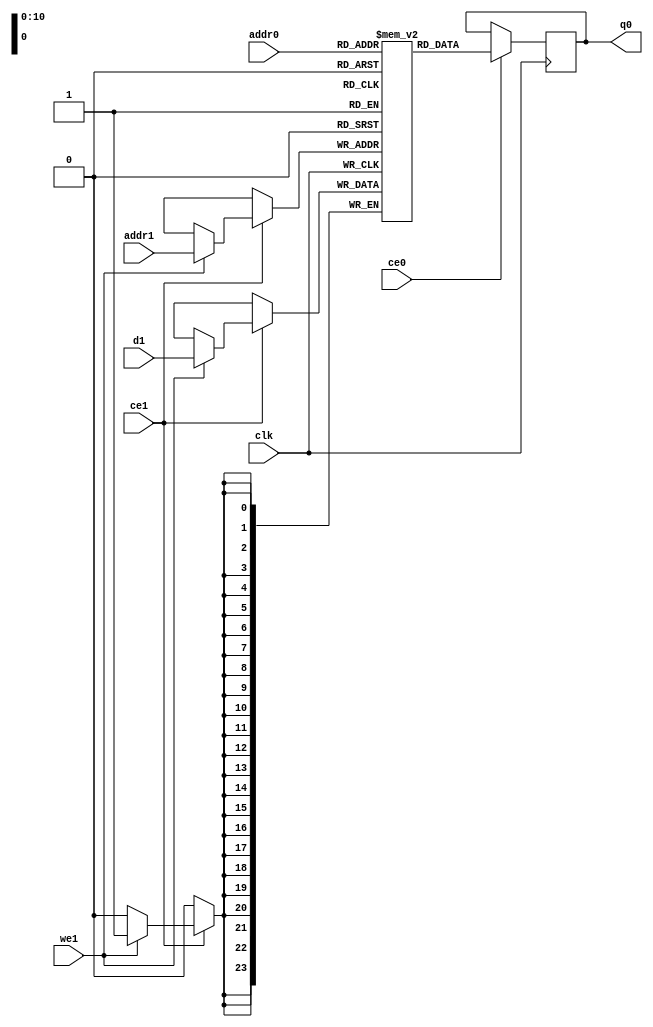
// ==============================================================
// Vivado(TM) HLS - High-Level Synthesis from C, C++ and SystemC v2019.1 (64-bit)
// Copyright 1986-2019 Xilinx, Inc. All Rights Reserved.
// ==============================================================
`timescale 1 ns / 1 ps
module design_1_v_demosaic_0_0_DebayerRatBorBatR_lineBuffer_val_0_V_ram (addr0, ce0, q0, addr1, ce1, d1, we1,  clk);

parameter DWIDTH = 24;
parameter AWIDTH = 11;
parameter MEM_SIZE = 1081;

input[AWIDTH-1:0] addr0;
input ce0;
output reg[DWIDTH-1:0] q0;
input[AWIDTH-1:0] addr1;
input ce1;
input[DWIDTH-1:0] d1;
input we1;
input clk;

(* ram_style = "block" *)reg [DWIDTH-1:0] ram[0:MEM_SIZE-1];




always @(posedge clk)  
begin 
    if (ce0) 
    begin
        q0 <= ram[addr0];
    end
end


always @(posedge clk)  
begin 
    if (ce1) 
    begin
        if (we1) 
        begin 
            ram[addr1] <= d1; 
        end 
    end
end


endmodule

`timescale 1 ns / 1 ps
module design_1_v_demosaic_0_0_DebayerRatBorBatR_lineBuffer_val_0_V(
    reset,
    clk,
    address0,
    ce0,
    q0,
    address1,
    ce1,
    we1,
    d1);

parameter DataWidth = 32'd24;
parameter AddressRange = 32'd1081;
parameter AddressWidth = 32'd11;
input reset;
input clk;
input[AddressWidth - 1:0] address0;
input ce0;
output[DataWidth - 1:0] q0;
input[AddressWidth - 1:0] address1;
input ce1;
input we1;
input[DataWidth - 1:0] d1;



design_1_v_demosaic_0_0_DebayerRatBorBatR_lineBuffer_val_0_V_ram design_1_v_demosaic_0_0_DebayerRatBorBatR_lineBuffer_val_0_V_ram_U(
    .clk( clk ),
    .addr0( address0 ),
    .ce0( ce0 ),
    .q0( q0 ),
    .addr1( address1 ),
    .ce1( ce1 ),
    .we1( we1 ),
    .d1( d1 ));

endmodule